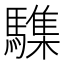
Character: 䮶